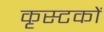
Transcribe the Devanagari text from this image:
कृस्टकों